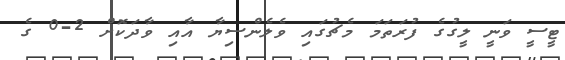
ޓީސީ ވަނީ ލީގުގެ ފުރަތަމަ މެޗުގައި ވެލެންސިޔާ އާއި ވާދަކޮށް 2-0 ގެ